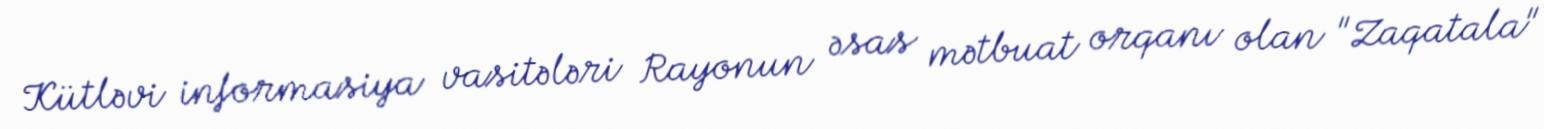
Kütləvi informasiya vasitələri Rayonun əsas mətbuat orqanı olan "Zaqatala"